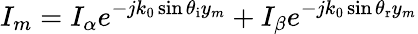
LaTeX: I_{m}=I_{\alpha}e^{-jk_{0}\sin\theta_{\mathrm{i}}y_{m}}+I_{\beta}e^{-jk_{0}\sin\theta_{\mathrm{r}}y_{m}}